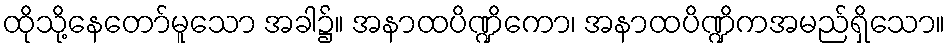
ထိုသို့နေတော်မူသော အခါ၌။ အနာထပိဏ္ဍိကော၊ အနာထပိဏ္ဍိကအမည်ရှိသော။